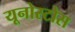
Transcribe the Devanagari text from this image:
यूनोस्टोस